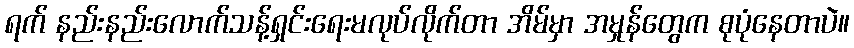
ရက် နည်းနည်းလောက်သန့်ရှင်းရေးမလုပ်လိုက်တာ အိမ်မှာ အမှုန်တွေက စုပုံနေတာပဲ။